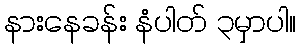
နားနေခန်း နံပါတ် ၃မှာပါ။